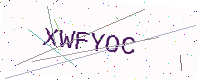
Text: XWFYOC